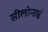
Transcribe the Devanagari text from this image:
सीलोनाई